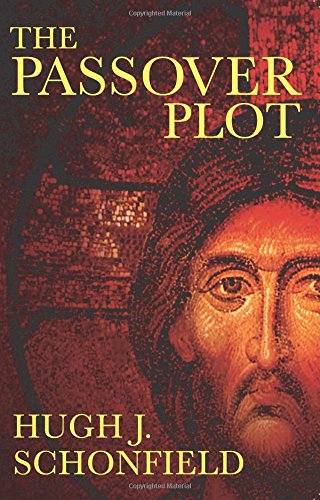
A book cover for The Passover Plot: Special 40th Anniversary Edition; Hugh Schonfield; Biographies & Memoirs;